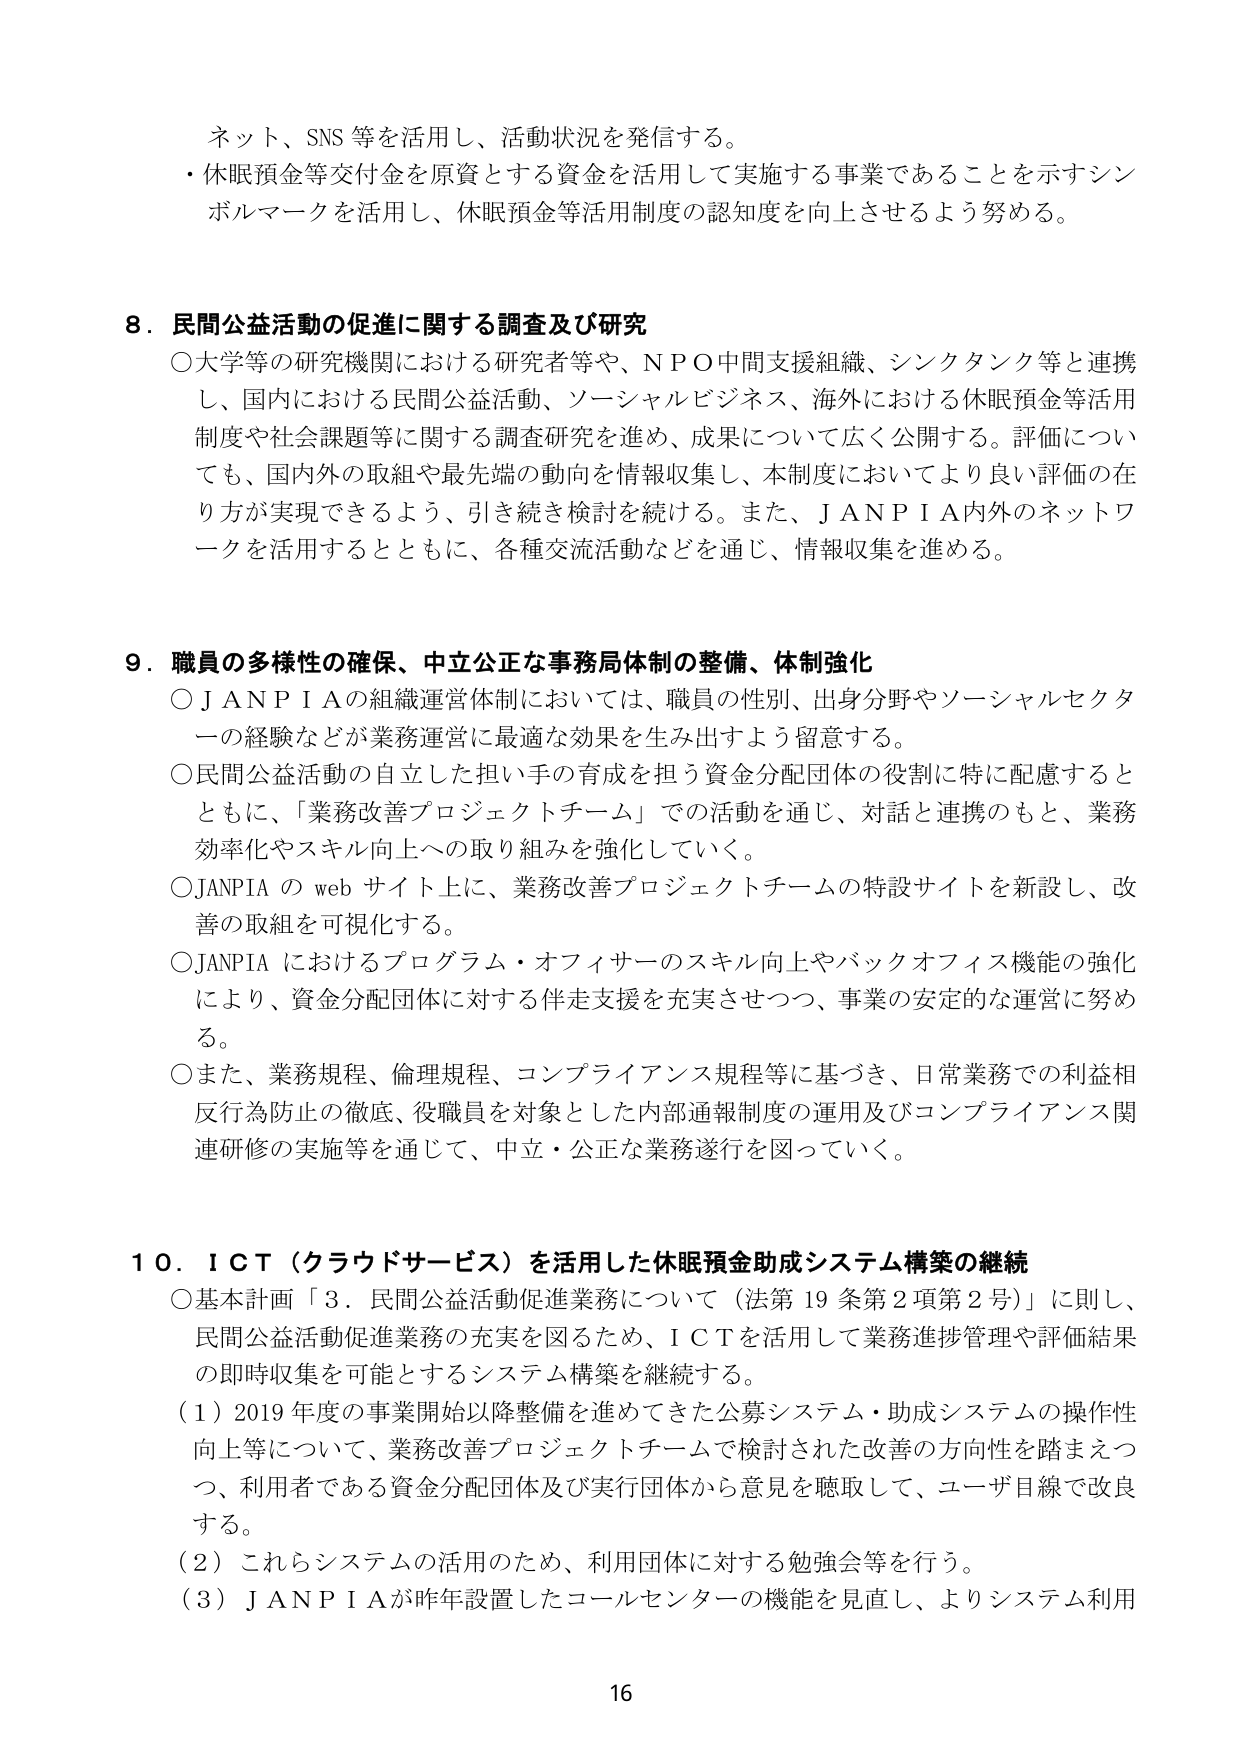
ネット、SNS等を活用し、活動状況を発信する。
・休眠預金等交付金を原資とする資金を活用して実施する事業であることを示すシン
ボルマークを活用し、休眠預金等活用制度の認知度を向上させるよう努める。

8．民間公益活動の促進に関する調査及び研究
○大学等の研究機関における研究者等や、ＮＰＯ中間支援組織、シンクタンク等と連携
し、国内における民間公益活動、ソーシャルビジネス、海外における休眠預金等活用
制度や社会課題等に関する調査研究を進め、成果について広く公開する。評価につい
ても、国内外の取組や最先端の動向を情報収集し、本制度においてより良い評価の在
り方が実現できるよう、引き続き検討を続ける。また、ＪＡＮＰＩＡ内外のネットワ
ークを活用するとともに、各種交流活動などを通じ、情報収集を進める。

9．職員の多様性の確保、中立公正な事務局体制の整備、体制強化
○ＪＡＮＰＩＡの組織運営体制においては、職員の性別、出身分野やソーシャルセクタ
ーの経験などが業務運営に最適な効果を生み出すよう留意する。
○民間公益活動の自立した担い手の育成を担う資金分配団体の役割に特に配慮すると
ともに、「業務改善プロジェクトチーム」での活動を通じ、対話と連携のもと、業務
効率化やスキル向上への取り組みを強化していく。
○JANPIAのwebサイト上に、業務改善プロジェクトチームの特設サイトを新設し、改
善の取組を可視化する。
○JANPIAにおけるプログラム・オフィサーのスキル向上やバックオフィス機能の強化
により、資金分配団体に対する伴走支援を充実させつつ、事業の安定的な運営に努め
る。
○また、業務規程、倫理規程、コンプライアンス規程等に基づき、日常業務での利益相
反行為防止の徹底、役職員を対象とした内部通報制度の運用及びコンプライアンス関
連研修の実施等を通じて、中立・公正な業務遂行を図っていく。

10．ＩＣＴ（クラウドサービス）を活用した休眠預金助成システム構築の継続
○基本計画「3．民間公益活動促進業務について（法第19条第2項第2号）」に則し、
民間公益活動促進業務の充実を図るため、ＩＣＴを活用して業務進捗管理や評価結果
の即時収集を可能とするシステム構築を継続する。
（1）2019年度の事業開始以降整備を進めてきた公募システム・助成システムの操作性
向上等について、業務改善プロジェクトチームで検討された改善の方向性を踏まえつ
つ、利用者である資金分配団体及び実行団体から意見を聴取して、ユーザ目線で改良
する。
（2）これらシステムの活用のため、利用団体に対する勉強会等を行う。
（3）ＪＡＮＰＩＡが昨年設置したコールセンターの機能を見直し、よりシステム利用

16